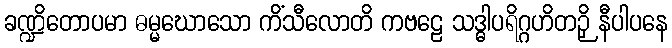
ခဏ္ဍိတောပမာ ဓမ္မဃောသော ကိံသီလောတိ ကဗဠေ သဒ္ဓါပရိဂ္ဂဟိတဉှိ နီပါပနေ